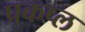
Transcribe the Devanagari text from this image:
प्रकप्ल